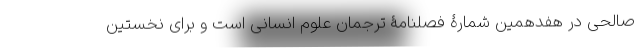
صالحی در هفدهمین شمارۀ فصلنامۀ ترجمان علوم انسانی است و برای نخستین